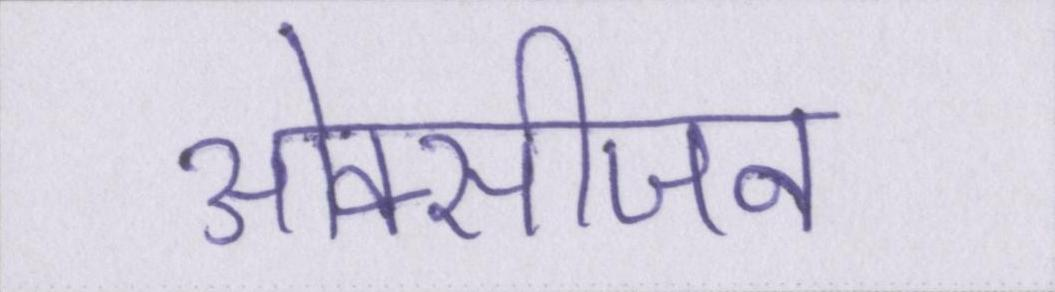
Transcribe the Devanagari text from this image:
ओक्सीजन